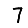
Digit: 7